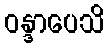
ဝန္ဒာပေသိ